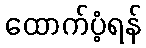
ထောက်ပံ့ရန်